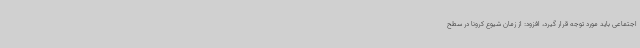
اجتماعی باید مورد توجه قرار گیرد، افزود: از زمان شیوع کرونا در سطح